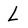
Character: L